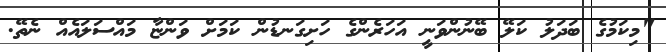
"މިކަމުގެ ބަދަލު ކަލޭ ބޭނުންވަނީ އަހަރެންގެ ހަށިގަނޑުން ކަމަށް ވަންޏާ މައްސަލައެއް ނެތޭ.